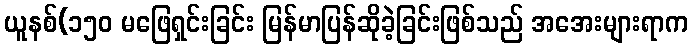
ယူနစ်(၁၅၀ မဖြေရှင်းခြင်း မြန်မာပြန်ဆိုခဲ့ခြင်းဖြစ်သည် အအေးများရာက